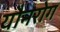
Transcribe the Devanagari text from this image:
यौनरोग